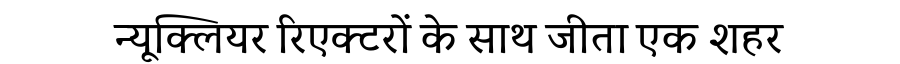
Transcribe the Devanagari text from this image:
न्यूक्लियर रिएक्टरों के साथ जीता एक शहर